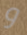
و